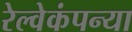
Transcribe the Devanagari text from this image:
रेल्वेकंपन्या